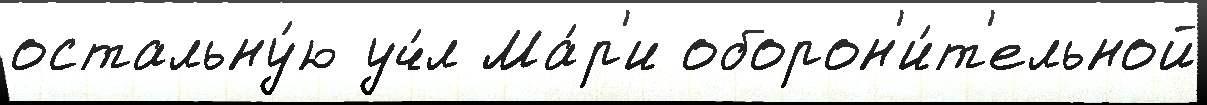
остальну́ю уч́л Ма́р'и оборон'и́т'ельной